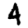
Digit: 4